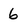
Character: 6